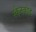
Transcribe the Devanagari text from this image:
स्कैनकोड